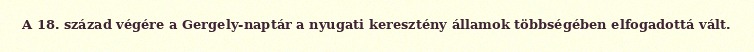
A 18. század végére a Gergely-naptár a nyugati keresztény államok többségében elfogadottá vált.